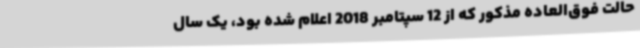
حالت فوق‌العاده‌ مذکور که از 12 سپتامبر 2018 اعلام شده بود، یک سال